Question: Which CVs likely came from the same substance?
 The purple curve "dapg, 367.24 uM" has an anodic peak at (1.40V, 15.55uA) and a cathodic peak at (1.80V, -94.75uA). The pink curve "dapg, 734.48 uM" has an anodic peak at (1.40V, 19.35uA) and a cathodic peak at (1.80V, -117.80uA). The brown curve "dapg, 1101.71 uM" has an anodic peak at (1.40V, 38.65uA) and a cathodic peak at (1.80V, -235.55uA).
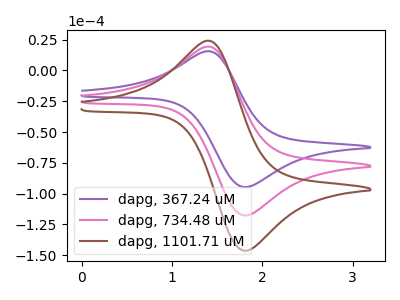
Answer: <think>All the peaks in "dapg, 367.24 uM" have a peak in "dapg, 734.48 uM" at the same potential. Every peak in "dapg, 367.24 uM" is lower than every peak in "dapg, 734.48 uM". All the peaks in "dapg, 367.24 uM" have a peak in "dapg, 1101.71 uM" at the same potential. Every peak in "dapg, 367.24 uM" is lower than every peak in "dapg, 1101.71 uM". All the peaks in "dapg, 734.48 uM" have a peak in "dapg, 1101.71 uM" at the same potential. Every peak in "dapg, 734.48 uM" is lower than every peak in "dapg, 1101.71 uM".
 </think>
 <answer>"dapg, 367.24 uM", "dapg, 734.48 uM" and "dapg, 1101.71 uM" have the same shape and are likely CV's of the same chemical.</answer>
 <eval>"dapg, 367.24 uM" "dapg, 734.48 uM" "dapg, 1101.71 uM"</eval>